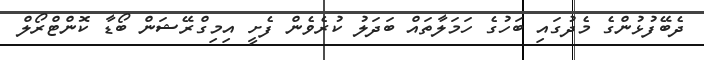
ދެބޭފުޅުންގެ މެދުގައި ބަހުގެ ހަމަލާތައް ބަދަލު ކުރެވެން ފެށީ އިމިގްރޭޝަން ބޯޑާ ކޮންޓްރޯލް